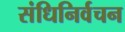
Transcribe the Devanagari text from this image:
संधिनिर्वचन